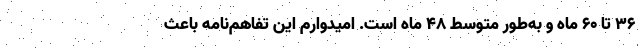
36 تا 60 ماه و به‌طور متوسط 48 ماه است. امیدوارم این تفاهم‌نامه باعث